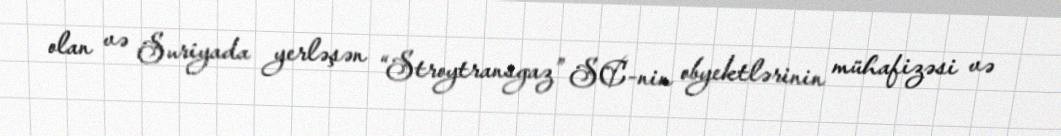
olan və Suriyada yerləşən “Stroytransgaz” SC-nin obyektlərinin mühafizəsi və